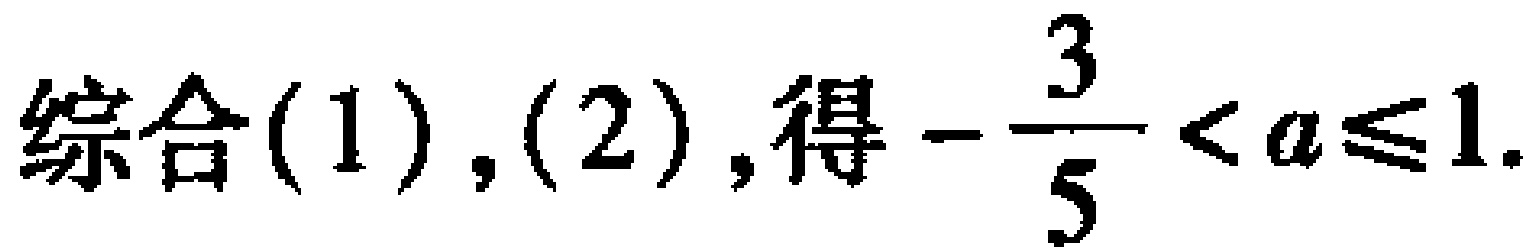
综合(1),(2),得\(-\dfrac{3}{5}<a\leqslant1\).